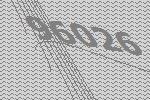
96026